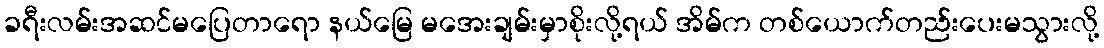
ခရီးလမ်းအဆင်မပြေတာရော နယ်မြေ မအေးချမ်းမှာစိုးလို့ရယ် အိမ်က တစ်ယောက်တည်းပေးမသွားလို့